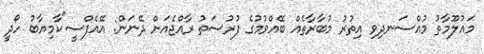
މައުލޫމާތު މުއްސަނދިވި އިތުރު މުބާރާތެއް ބޭއްވުމުގެ ފުރުސަތު ރާއްޖެއަށް ދޭނަން: އޭއެފްސީ"ކާމިޔާބު ހޯދީ